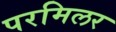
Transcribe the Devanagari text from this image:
परमिलर